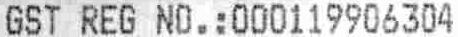
GST REG NO.:000119906304